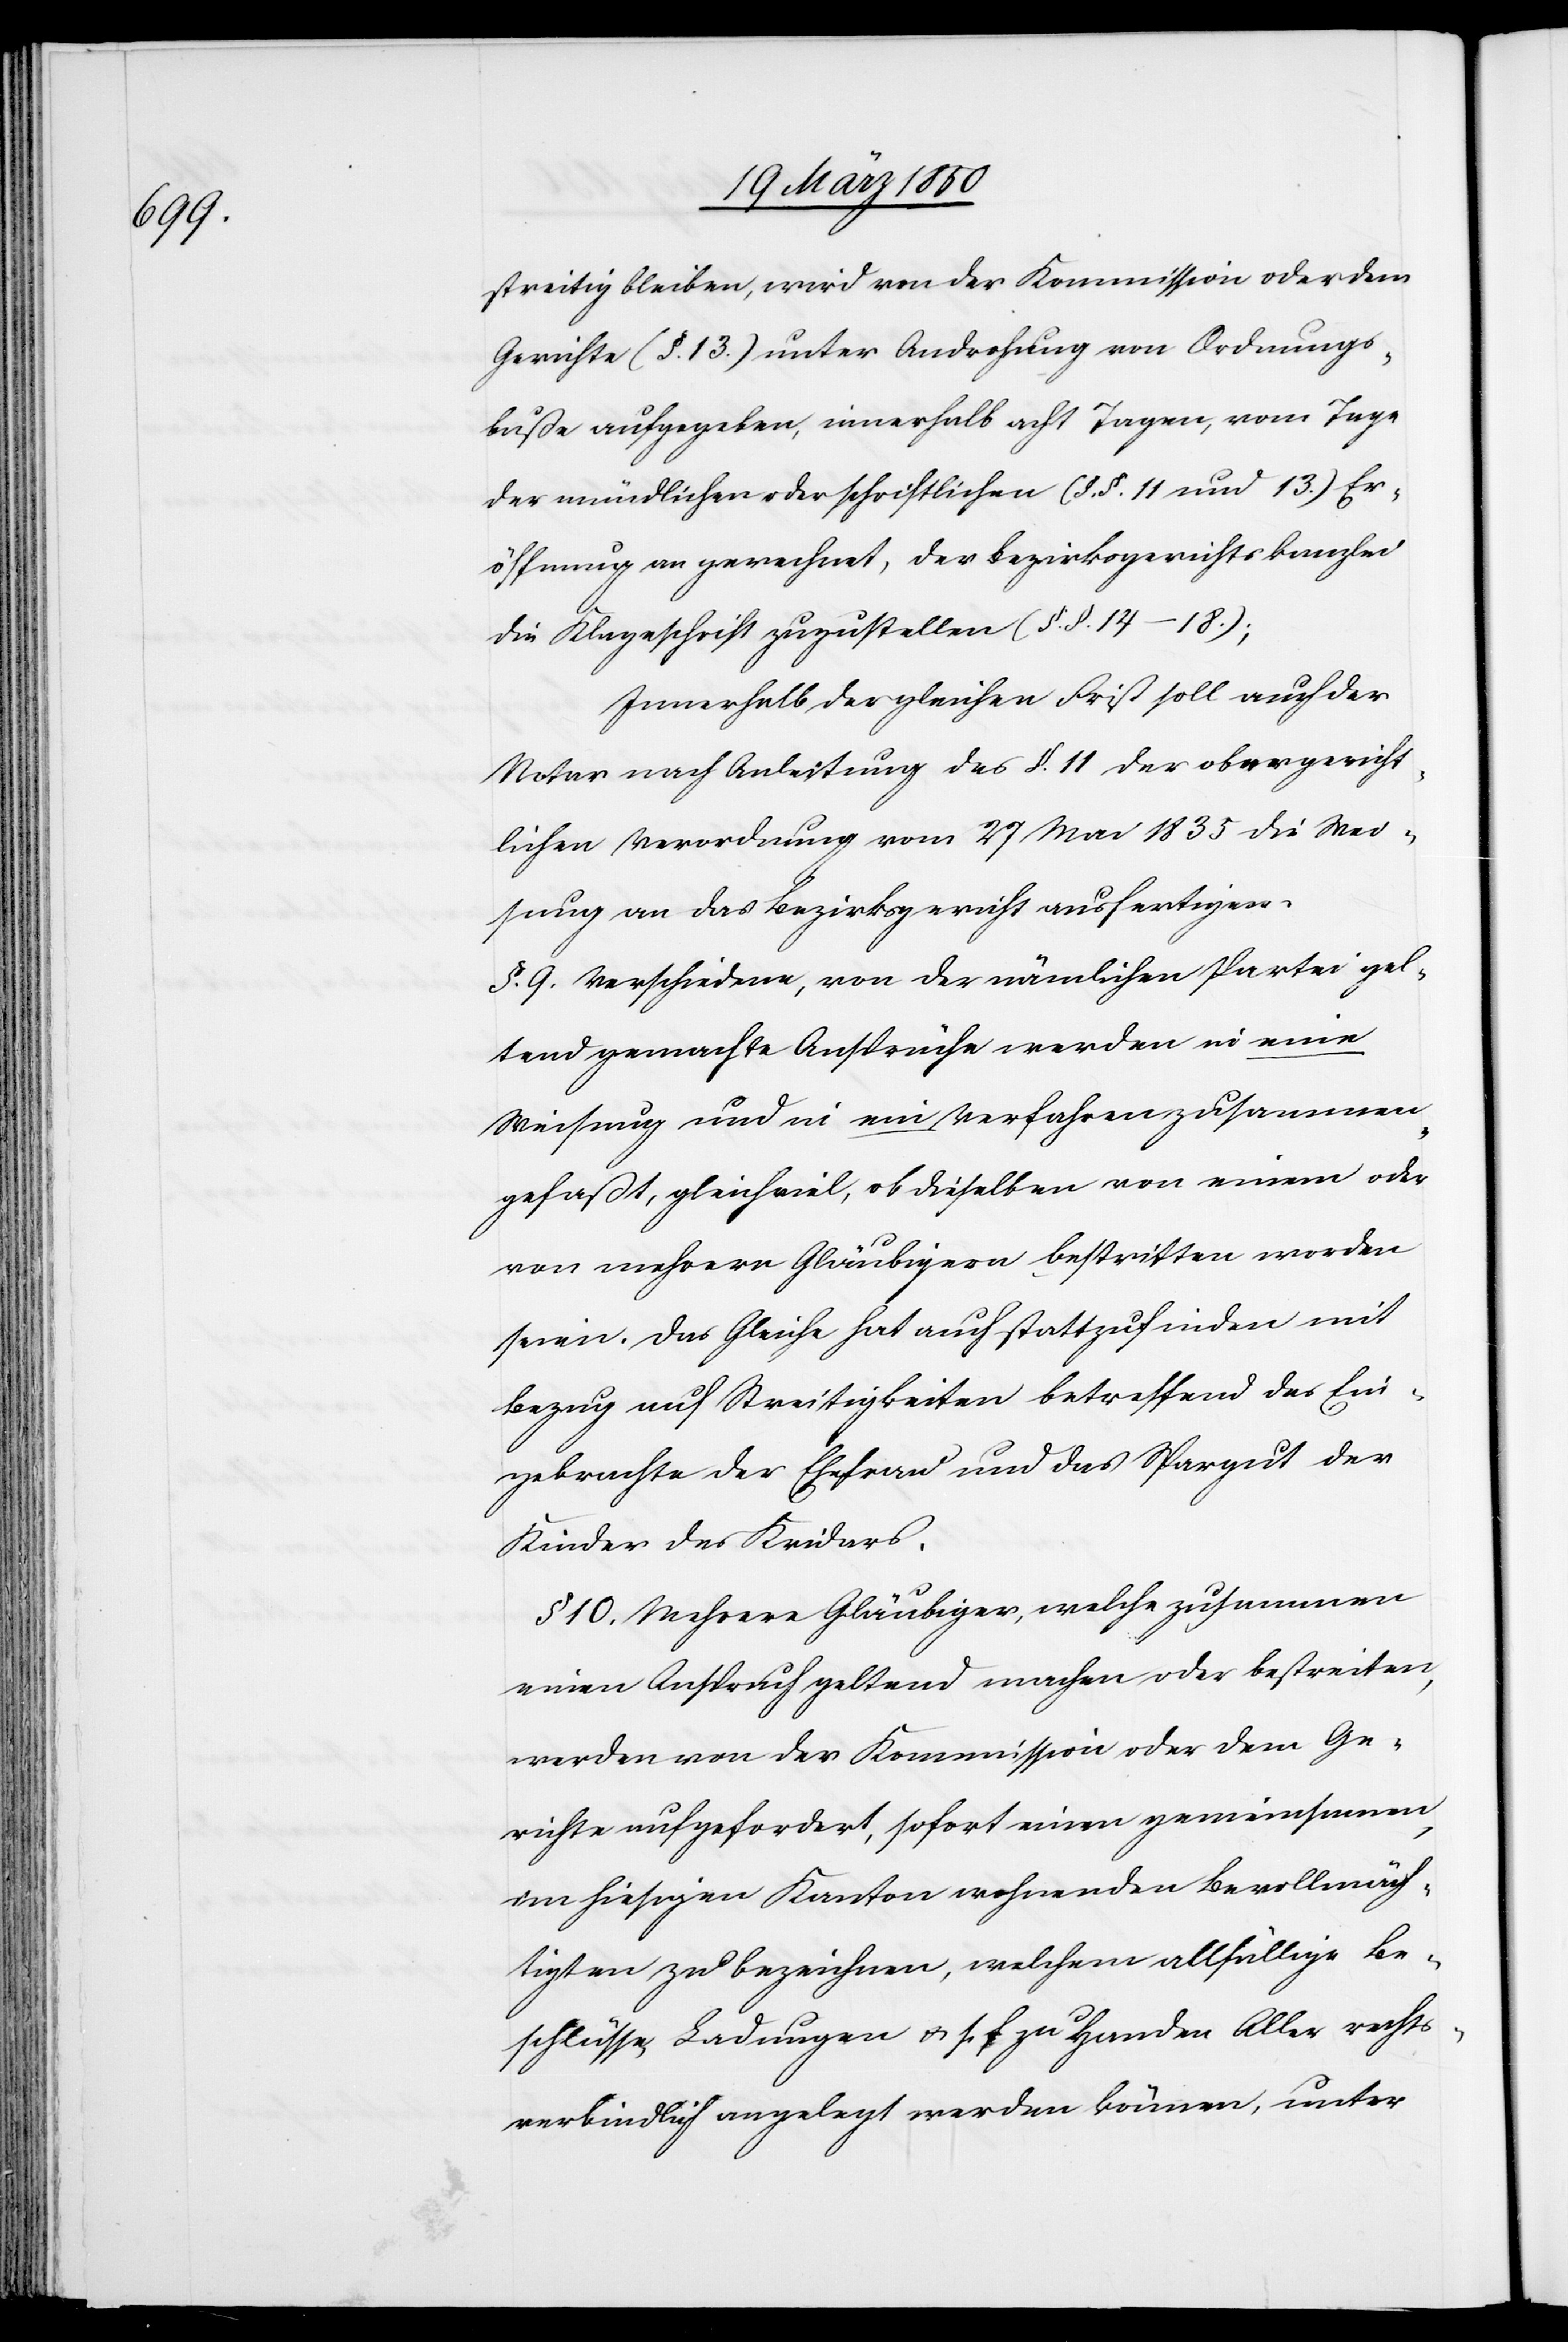
streitig bleiben, wird von der Kommission oder dem
Gerichte (§. 13.) unter Androhung von Ordnungs¬
buße aufgegeben, innerhalb acht Tagen, vom Tage
der mündlichen oder schriftlichen (§. §. 11 und 13.) Er¬
öffnung an gerechnet, der Bezirksgerichtskanzlei
die Klageschrift zuzustellen (§. §. 14–18.);
Innerhalb der gleichen Frist soll auch der
Notar nach Anleitung des §. 11 der obergericht¬
lichen Verordnung vom 27 Mai 1835 die Wei¬
sung an das Bezirksgericht ausfertigen.
§. 9. Verschiedene, von der nämlichen Partei gel¬
tend gemachte Ansprüche werden in eine
Weisung und in ein Verfahren zusammen¬
gefaßt, gleichviel, ob dieselben von einem oder
von mehrern Gläubigern bestritten worden
seien. Das Gleiche hat auch stattzufinden mit
Bezug auf Streitigkeiten betreffend das Ein¬
gebrachte der Ehefrau und das Spargut der
Kinder des Kridars.
§ 10. Mehrere Gläubiger, welche zusammen
einen Anspruch geltend machen oder bestreiten,
werden von der Kommission oder dem Ge¬
richte aufgefordert, sofort einen gemeinsamen,
im hiesigen Kanton wohnenden Bevollmäch¬
tigten zu bezeichnen, welchem allfällige Be¬
schlüsse, Ladungen u. s. f. zu Handen Aller rechts¬
verbindlich angelegt werden können, unter